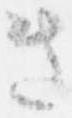
き